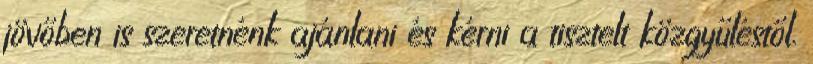
jövőben is szeretnénk ajánlani és kérni a tisztelt közgyűléstől.